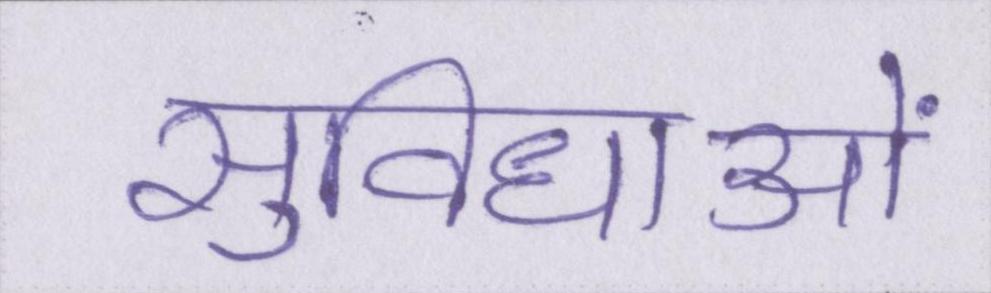
सुविधाओं